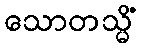
သောတသ္မိံ